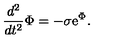
\frac { d ^ { 2 } } { d t ^ { 2 } } \Phi = - \sigma \mathrm { e } ^ { \Phi } .